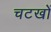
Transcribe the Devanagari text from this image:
चटखों